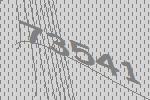
73541